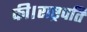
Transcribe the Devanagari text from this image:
की।राष्ट्रपति